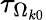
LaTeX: \tau_{\Omega_{k0}}